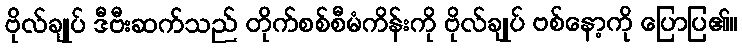
ဗိုလ်ချုပ် ဒီဗီးဆက်သည် တိုက်စစ်စီမံကိန်းကို ဗိုလ်ချုပ် ဗစ်နော့ကို ပြောပြ၏။